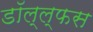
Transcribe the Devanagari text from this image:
डॉल्ल्फस